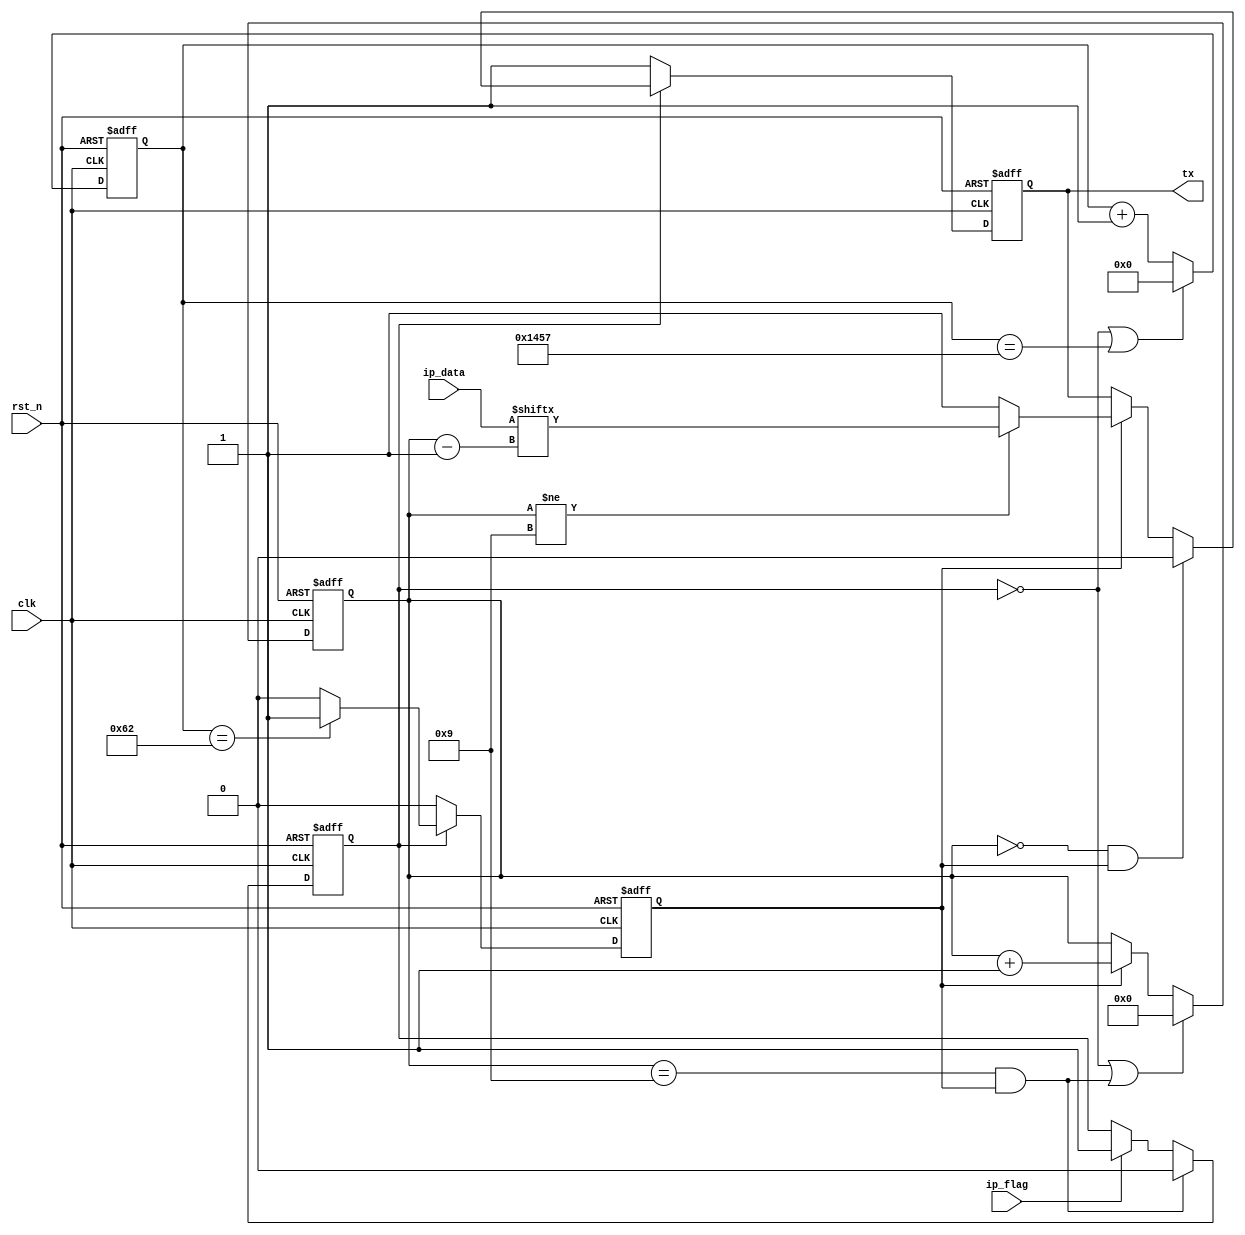
module UART_Tx (
	input clk,
	input rst_n,
	input [7:0] ip_data,
	input ip_flag,
	output reg tx
);

	reg work_en;

	reg [15:0] baud_cnt;
	reg bit_flag;
	reg [3:0] bit_cnt;

	/**/ 
	always @(posedge clk or negedge rst_n) begin
		if(~rst_n) begin
			work_en <= 1'd0;
		end else if(bit_cnt == 4'd9 && bit_flag) begin
			work_en <= 1'd0;
		end else if(ip_flag) begin
			work_en <= 1'd1;
		end else begin
			work_en <= work_en;
		end
	end

	/**/
	always @(posedge clk or negedge rst_n) begin
		if(~rst_n) begin
			baud_cnt <= 16'd0;
		end else if(!work_en || baud_cnt == 16'd5207) begin
			baud_cnt <= 16'd0;
		end else begin
			baud_cnt <= baud_cnt + 16'd1;
		end
	end

	/**/
	always @(posedge clk or negedge rst_n) begin
		if(~rst_n) begin
			bit_flag <= 1'd0;
		end else if(!work_en) begin
			bit_flag <= 1'd0;
		end else if(baud_cnt == 16'd98) begin
			bit_flag <= 1'd1;
		end else begin
			bit_flag <= 1'd0;
		end
	end

	/*work_en*/
	always @(posedge clk or negedge rst_n) begin
		if(~rst_n) begin
			bit_cnt <= 4'd0;
		end else if(!work_en || (bit_cnt == 4'd9 && bit_flag)) begin
			bit_cnt <= 4'd0;
		end else if(bit_flag) begin
			bit_cnt <= bit_cnt + 4'd1;
		end else begin
			bit_cnt <= bit_cnt;
		end
	end

	/*output tx*/
	always @(posedge clk or negedge rst_n) begin
		if(~rst_n) begin
			tx <= 1'd1;
		end else if(!work_en) begin 	//
			tx <= 1'd1;
		end else if(!bit_cnt && bit_flag) begin 	//
			tx <= 1'd0;
		end else if(bit_flag) begin
			tx <= (bit_cnt != 4'd9) ? ip_data[bit_cnt - 1] : 1'd1;	//
		end else begin
			tx <= tx;
		end
	end

endmodule